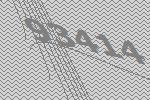
93414